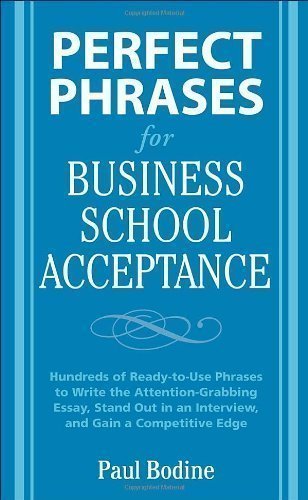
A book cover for Perfect Phrases for Business School Acceptance (Perfect Phrases Series) by Bodine, Paul published by McGraw-Hill Contemporary (2008); Education & Teaching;